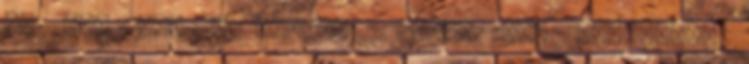
is fáj és. 8 válasz 1 hete nem dohányzom